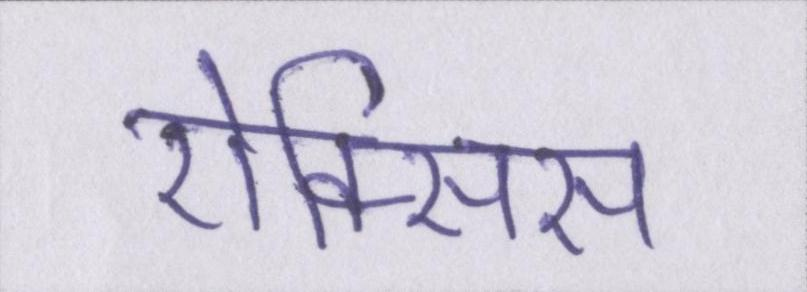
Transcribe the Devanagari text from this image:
ऐक्सिस